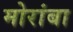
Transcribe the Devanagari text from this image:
मोरांबा